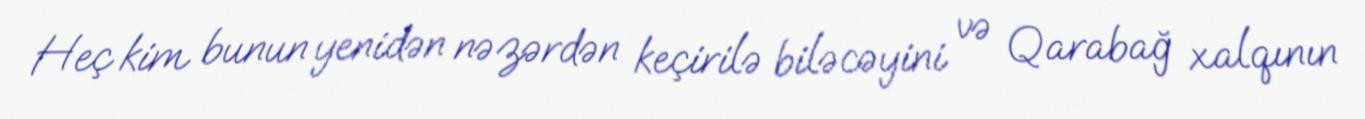
Heç kim bunun yenidən nəzərdən keçirilə biləcəyini və Qarabağ xalqının